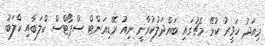
މިއަދު ހަވީރު ކުޅޭ މެޗުގައި ބައްދަލުކުރާނީ ނިއު ރޭޑިއަންޓް ސްޕޯޓްސް ކްލަބާއި ކްލަބު